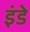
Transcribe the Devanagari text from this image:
इंडे